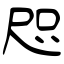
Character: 咫